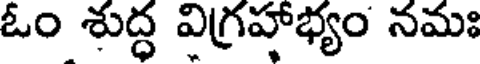
ఓం శుద్ధ విగ్రహాభ్యం నమః